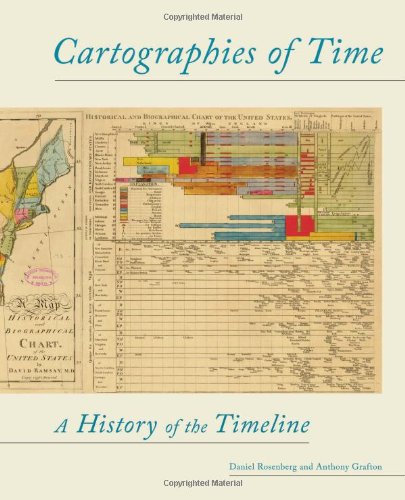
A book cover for Cartographies of Time: A History of the Timeline; Daniel Rosenberg; Reference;